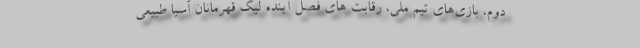
دوم، بازی‌های تیم ملی،‌ رقابت ‌های فصل آینده لیگ قهرمانان آسیا طبیعی